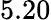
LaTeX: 5.20